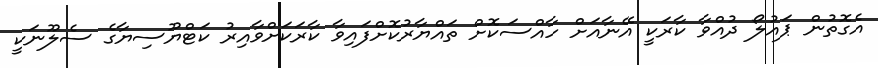
އެގޮތުން ޕައުލޯ ދުއްވާ ކާރަކީ އޭނާއަށް ހާއްސަކޮށް ތައްޔާރުކޮށްފައިވާ ކާރަކަށްވާއިރު ކަޓްޔޫސިޔާގެ ސެލޫނަކީ